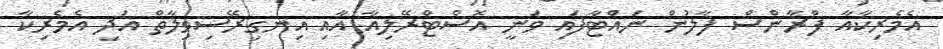
އެމެރިކާއާ ފްރާންސް ފާލުން ނައްޓާފައި ވަނީ އޮސްޓްރޭލިއާ އާއި އިނގިރޭސިވިލާތް އަދި އެމެރިކާ